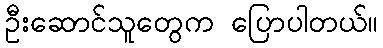
ဦးဆောင်သူတွေက ပြောပါတယ်။